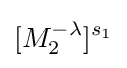
[M_{2}^{-\lambda }]^{s_{1}}